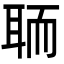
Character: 聏